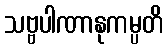
သဗ္ဗပါဏာနုကမ္ပတိ